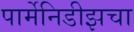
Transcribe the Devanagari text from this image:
पार्मेनिडीझचा